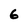
Character: 6